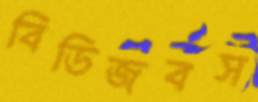
বিডিজবস